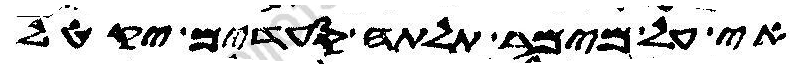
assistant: אי על מימר תלתה סעדים יקטל